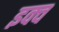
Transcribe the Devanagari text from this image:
इक्व